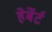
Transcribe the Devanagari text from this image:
हेर्बेर्ट